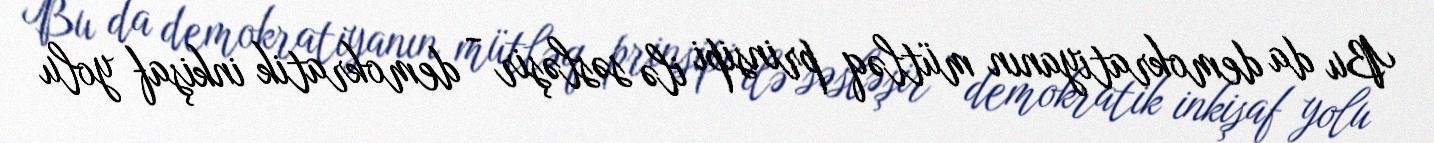
Bu da demokratiyanın mütləq prinsipi ilə səsləşir - demokratik inkişaf yolu